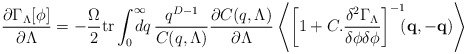
\begin{align*}\frac{\partial \Gamma_{\Lambda}[\phi]}{\partial \Lambda} =- \frac{\Omega}{2} \mathrm{tr} \int^{\infty}_0\!\!\!\!\! dq \,\frac{q^{D-1}}{C(q,\Lambda)}\frac{\partial C(q,\Lambda)}{\partial \Lambda} \left \langle \left [1 + C.\frac{\delta^2 \Gamma_{\Lambda}}{\delta \phi\delta \phi} \right ]^{-1}\!\!\! (\mathbf{q},\mathbf{-q}) \right \rangle\end{align*}